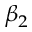
\beta _ { 2 }